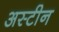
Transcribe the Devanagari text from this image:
अस्टीन